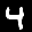
Label: 4